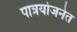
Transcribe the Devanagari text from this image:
पात्रयोजनेत